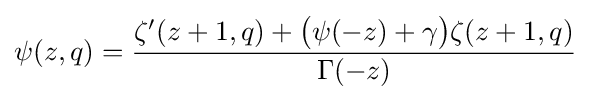
\psi (z,q)={\frac {\zeta '(z+1,q)+{\bigl (}\psi (-z)+\gamma {\bigr )}\zeta (z+1,q)}{\Gamma (-z)}}